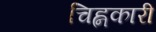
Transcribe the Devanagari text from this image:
चिह्नकारी